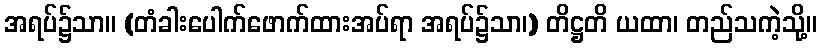
အရပ်၌သာ။ (တံခါးပေါက်ဖောက်ထားအပ်ရာ အရပ်၌သာ၊) တိဋ္ဌတိ ယထာ၊ တည်သကဲ့သို့။